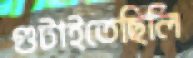
গুটাইতেছিলি